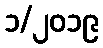
၁/၂၀၁၉